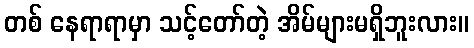
တစ် နေရာရာမှာ သင့်တော်တဲ့ အိမ်များမရှိဘူးလား။